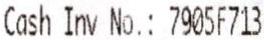
CASH INV NO.: 7905F713